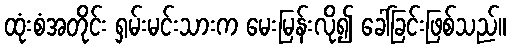
ထုံးစံအတိုင်း ရှမ်းမင်းသားက မေးမြန်းလို၍ ခေါ်ခြင်းဖြစ်သည်။